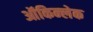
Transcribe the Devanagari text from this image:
ऑकिन्लेक